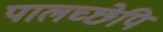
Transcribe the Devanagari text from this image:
पालच्छेपि